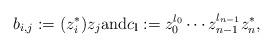
LaTeX: \begin{align*}b_{i,j}:= (z_i^*) z_j \mbox{and} {c}_{\mathbf{l}}:= z_0^{l_0} \cdots z_{n-1}^{l_{n-1}} z_n^* ,\end{align*}